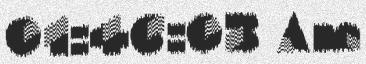
01:46:03 Am